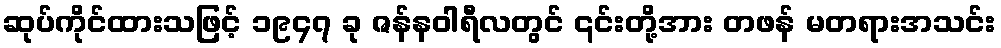
ဆုပ်ကိုင်ထားသဖြင့် ၁၉၄၇ ခု ဇန်နဝါရီလတွင် ၎င်းတို့အား တဖန် မတရားအသင်း